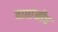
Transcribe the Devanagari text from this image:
वाघांनीच